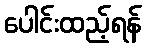
ပေါင်းထည့်ရန်